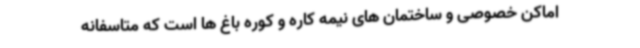
اماکن خصوصی و ساختمان های نیمه کاره و کوره باغ ها است که متاسفانه